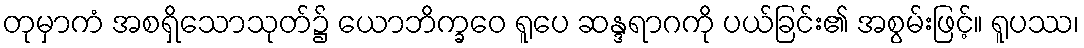
တုမှာကံ အစရှိသောသုတ်၌ ယောဘိက္ခဝေ ရူပေ ဆန္ဒရာဂကို ပယ်ခြင်း၏ အစွမ်းဖြင့်။ ရူပဿ၊